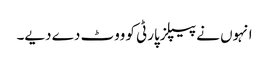
انہوں نے پیپلزپارٹی کو ووٹ دے دیے۔